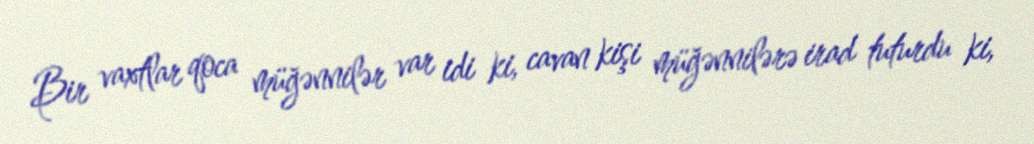
Bir vaxtlar qoca müğənnilər var idi ki, cavan kişi müğənnilərə irad tuturdu ki,